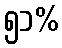
၅၁%